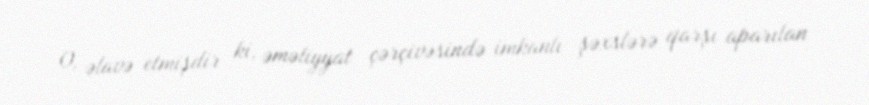
O, əlavə etmişdir ki, əməliyyat çərçivəsində imkanlı şəxslərə qarşı aparılan